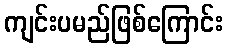
ကျင်းပမည်ဖြစ်ကြောင်း